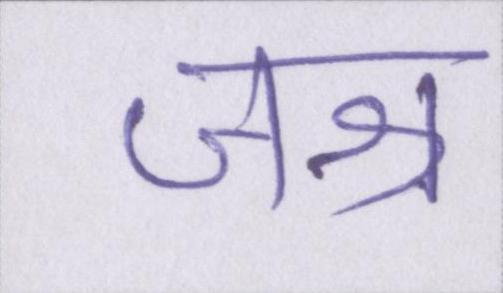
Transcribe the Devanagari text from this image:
जश्न